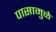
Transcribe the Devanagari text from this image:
पासामुळे